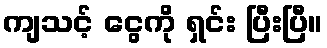
ကျသင့် ငွေကို ရှင်း ပြီးပြီ။